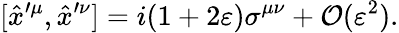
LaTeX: [\hat{x}^{\prime\mu},\hat{x}^{\prime\nu}]=i(1+2\varepsilon)\sigma^{\mu\nu}+\mathcal{O}(\varepsilon^{2}).